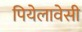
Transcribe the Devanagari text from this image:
पियेलावेसी